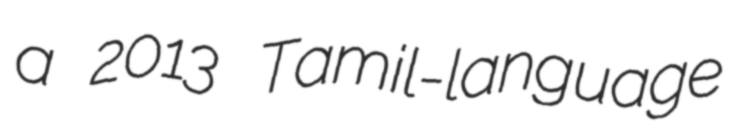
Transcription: a 2013 Tamil-language